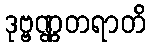
ဒုဗ္ဗဏ္ဏတရာတိ